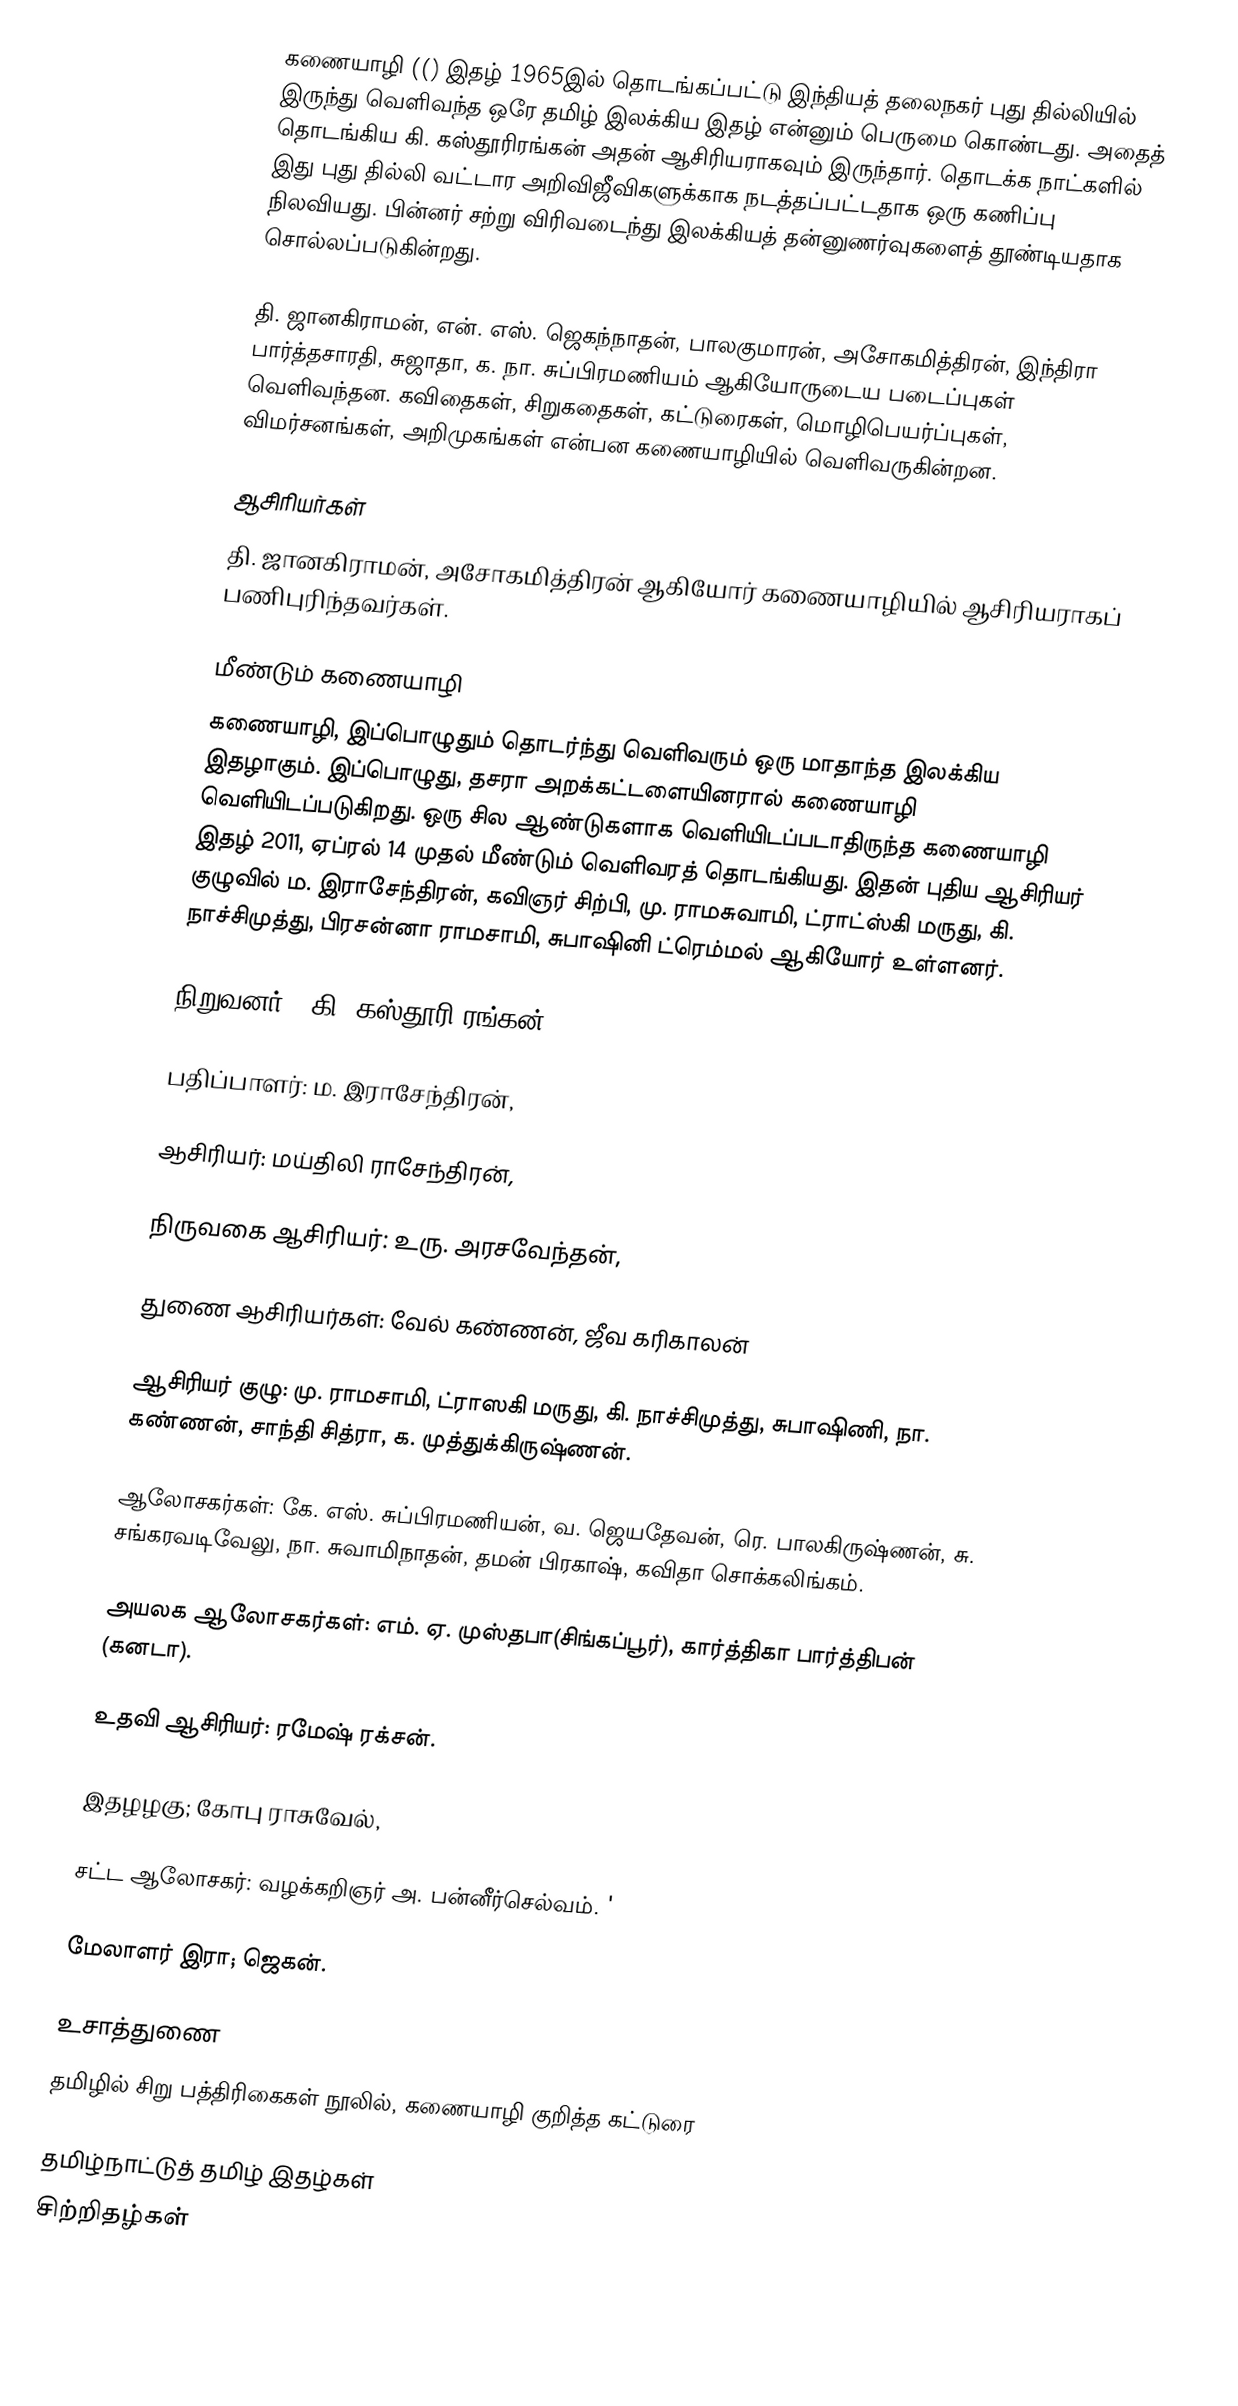
கணையாழி (() இதழ் 1965இல் தொடங்கப்பட்டு இந்தியத் தலைநகர் புது தில்லியில் இருந்து வெளிவந்த ஒரே தமிழ் இலக்கிய இதழ் என்னும் பெருமை கொண்டது. அதைத் தொடங்கிய கி. கஸ்தூரிரங்கன் அதன் ஆசிரியராகவும் இருந்தார். தொடக்க நாட்களில் இது புது தில்லி வட்டார அறிவிஜீவிகளுக்காக நடத்தப்பட்டதாக ஒரு கணிப்பு நிலவியது. பின்னர் சற்று விரிவடைந்து இலக்கியத் தன்னுணர்வுகளைத் தூண்டியதாக சொல்லப்படுகின்றது.

தி. ஜானகிராமன், என். எஸ். ஜெகந்நாதன், பாலகுமாரன், அசோகமித்திரன், இந்திரா பார்த்தசாரதி,  சுஜாதா, க. நா. சுப்பிரமணியம் ஆகியோருடைய படைப்புகள் வெளிவந்தன. கவிதைகள், சிறுகதைகள், கட்டுரைகள், மொழிபெயர்ப்புகள், விமர்சனங்கள், அறிமுகங்கள் என்பன கணையாழியில் வெளிவருகின்றன.

ஆசிரியர்கள்
தி. ஜானகிராமன், அசோகமித்திரன் ஆகியோர் கணையாழியில் ஆசிரியராகப் பணிபுரிந்தவர்கள்.

மீண்டும் கணையாழி
கணையாழி, இப்பொழுதும் தொடர்ந்து வெளிவரும் ஒரு மாதாந்த இலக்கிய இதழாகும். இப்பொழுது, தசரா அறக்கட்டளையினரால் கணையாழி வெளியிடப்படுகிறது. ஒரு சில ஆண்டுகளாக வெளியிடப்படாதிருந்த கணையாழி இதழ் 2011, ஏப்ரல் 14 முதல் மீண்டும் வெளிவரத் தொடங்கியது. இதன் புதிய ஆசிரியர் குழுவில் ம. இராசேந்திரன், கவிஞர் சிற்பி, மு. ராமசுவாமி,  ட்ராட்ஸ்கி மருது, கி. நாச்சிமுத்து, பிரசன்னா ராமசாமி, சுபாஷினி ட்ரெம்மல் ஆகியோர் உள்ளனர்.

நிறுவனர் : கி. கஸ்தூரி ரங்கன்,

பதிப்பாளர்: ம. இராசேந்திரன்,

ஆசிரியர்: மய்திலி ராசேந்திரன்,

நிருவகை ஆசிரியர்: உரு. அரசவேந்தன்,

துணை ஆசிரியர்கள்: வேல் கண்ணன், ஜீவ கரிகாலன்

ஆசிரியர் குழு: மு. ராமசாமி, ட்ராஸகி மருது, கி. நாச்சிமுத்து, சுபாஷிணி, நா. கண்ணன், சாந்தி சித்ரா, க. முத்துக்கிருஷ்ணன்.

ஆலோசகர்கள்: கே. எஸ். சுப்பிரமணியன், வ. ஜெயதேவன், ரெ. பாலகிருஷ்ணன்,  சு. சங்கரவடிவேலு, நா. சுவாமிநாதன், தமன் பிரகாஷ், கவிதா சொக்கலிங்கம்.

அயலக ஆலோசகர்கள்: எம். ஏ. முஸ்தபா(சிங்கப்பூர்), கார்த்திகா பார்த்திபன் (கனடா).

உதவி ஆசிரியர்: ரமேஷ் ரக்சன்.

இதழழகு; கோபு ராசுவேல்,

சட்ட ஆலோசகர்: வழக்கறிஞர் அ. பன்னீர்செல்வம். '

மேலாளர் இரா; ஜெகன்.

உசாத்துணை
தமிழில் சிறு பத்திரிகைகள் நூலில், கணையாழி குறித்த கட்டுரை

தமிழ்நாட்டுத் தமிழ் இதழ்கள்
சிற்றிதழ்கள்